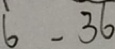
6 - 3 6